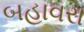
બહાવરા